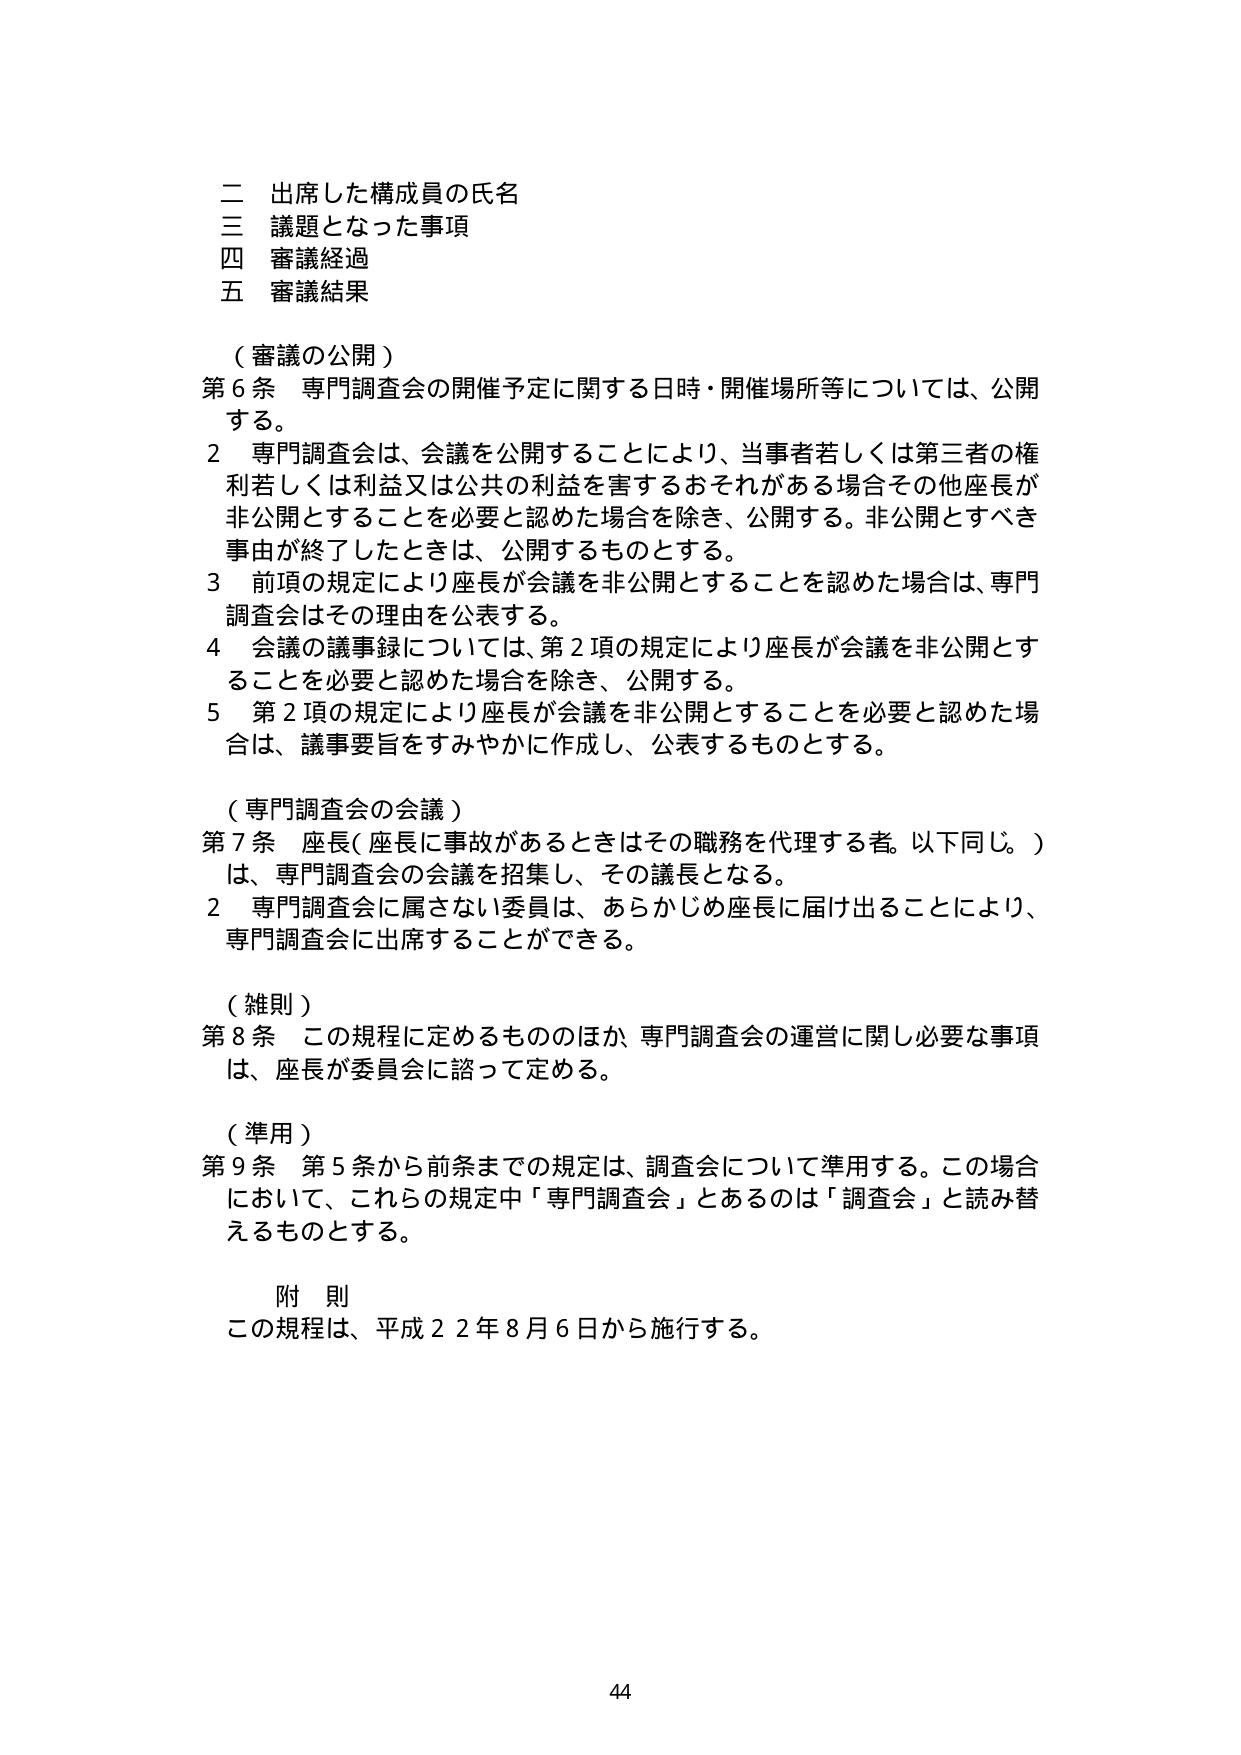
二 出席した構成員の氏名
三 議題となった事項
四 審議経過
五 審議結果

（審議の公開）
第６条 専門調査会の開催予定に関する日時・開催場所等については、公開する。
２ 専門調査会は、会議を公開することにより、当事者若しくは第三者の権利若しくは利益又は公共の利益を害するおそれがある場合その他座長が非公開とすることを必要と認めた場合を除き、公開する。非公開とすべき事由が終了したときは、公開するものとする。
３ 前項の規定により座長が会議を非公開とすることを認めた場合は、専門調査会はその理由を公表する。
４ 会議の議事録については、第２項の規定により座長が会議を非公開とすることを必要と認めた場合を除き、公開する。
５ 第２項の規定により座長が会議を非公開とすることを必要と認めた場合は、議事要旨をすみやかに作成し、公表するものとする。

（専門調査会の会議）
第７条 座長（座長に事故があるときはその職務を代理する者。以下同じ。）は、専門調査会の会議を招集し、その議長となる。
２ 専門調査会に属さない委員は、あらかじめ座長に届け出ることにより、専門調査会に出席することができる。

（雑則）
第８条 この規程に定めるもののほか、専門調査会の運営に関し必要な事項は、座長が委員会に諮って定める。

（準用）
第９条 第５条から前条までの規定は、調査会について準用する。この場合において、これらの規定中「専門調査会」とあるのは「調査会」と読み替えるものとする。

附 則
この規程は、平成２２年８月６日から施行する。

44